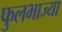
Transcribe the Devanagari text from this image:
फुलभाज्या